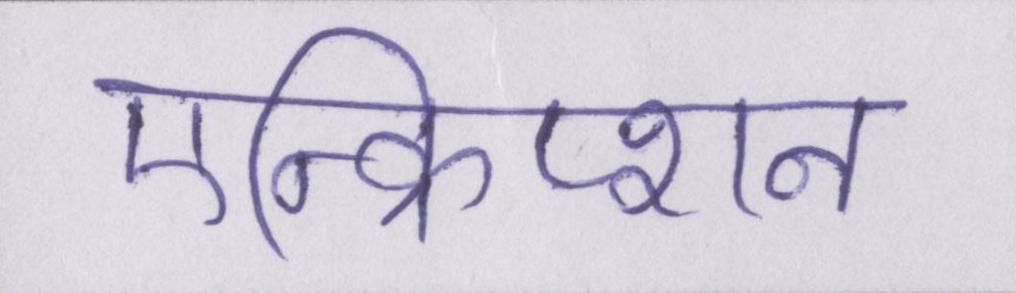
एन्क्रिप्शन